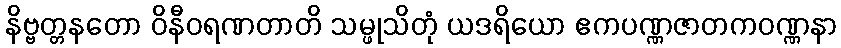
နိဗ္ဗတ္တနတော ဝိနီဝရဏတာတိ သမ္ဖုသိတုံ ယဒရိယော ဧကပဏ္ဏဇာတကဝဏ္ဏနာ